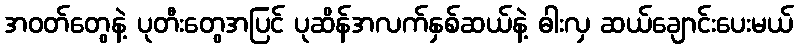
အဝတ်တွေနဲ့ ပုတီးတွေအပြင် ပုဆိန်အလက်နှစ်ဆယ်နဲ့ ဓါးလှ ဆယ်ချောင်းပေးမယ်